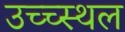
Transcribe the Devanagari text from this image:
उच्च्स्थल